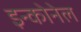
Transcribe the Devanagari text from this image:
इन्कोनेल